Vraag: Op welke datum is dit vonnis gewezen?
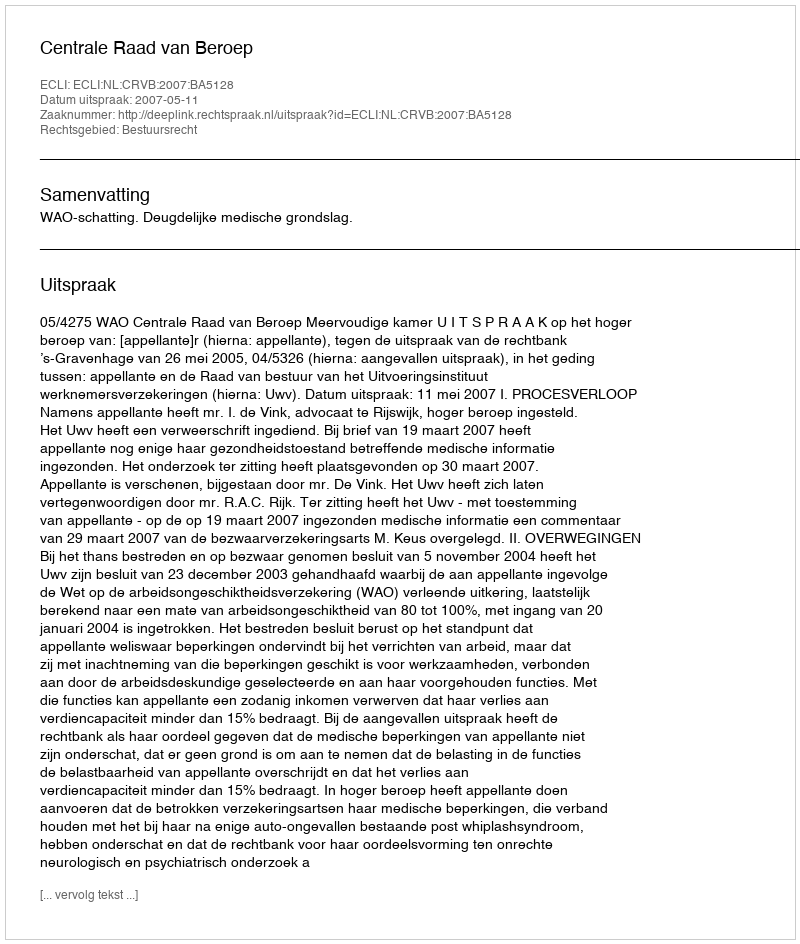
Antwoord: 2007-05-11